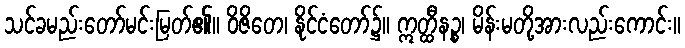
သင်ခမည်းတော်မင်းမြတ်၏။ ဝိဇိတေ၊ နိုင်ငံတော်၌။ ဣတ္ထီနဉ္စ၊ မိန်းမတို့အားလည်းကောင်း။